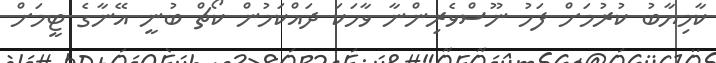
ކާމިޔާބު ކުރުމަށް ފަހު ނޫސްވެރިންނާ ވާހަކަ ދައްކަމުން ކޯޗް ބުނީ އޭނާގެ ޓީމަށް